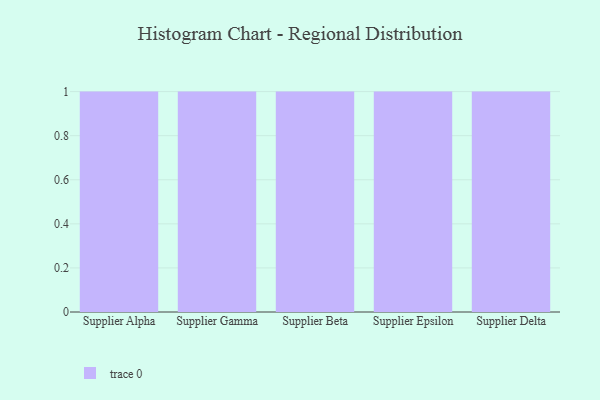
{"axis": {"x": "Supplier", "y": "Page Views"}, "legend": [""], "data": [{"x": "Supplier Alpha", "y": 34, "type": ""}, {"x": "Supplier Gamma", "y": 28, "type": ""}, {"x": "Supplier Beta", "y": 41, "type": ""}, {"x": "Supplier Epsilon", "y": 66, "type": ""}, {"x": "Supplier Delta", "y": 94, "type": ""}]}